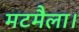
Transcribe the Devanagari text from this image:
मटमैला।